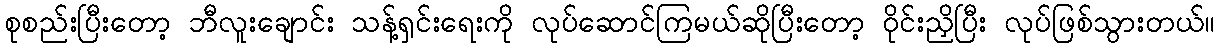
စုစည်းပြီးတော့ ဘီလူးချောင်း သန့်ရှင်းရေးကို လုပ်ဆောင်ကြမယ်ဆိုပြီးတော့ ဝိုင်းညှိပြီး လုပ်ဖြစ်သွားတယ်။